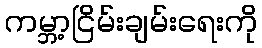
ကမ္ဘာ့ငြိမ်းချမ်းရေးကို